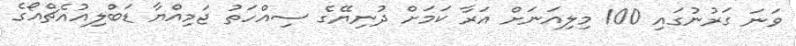
ވަނަ ގަރުނުގައި 100 މިލިއަނަށް އަރާ ކަމަށް ދުނިޔޭގެ ސިއްހަތު ޖަމިއްޔާ ޑަބްލިއުއެޗްއޯގެ